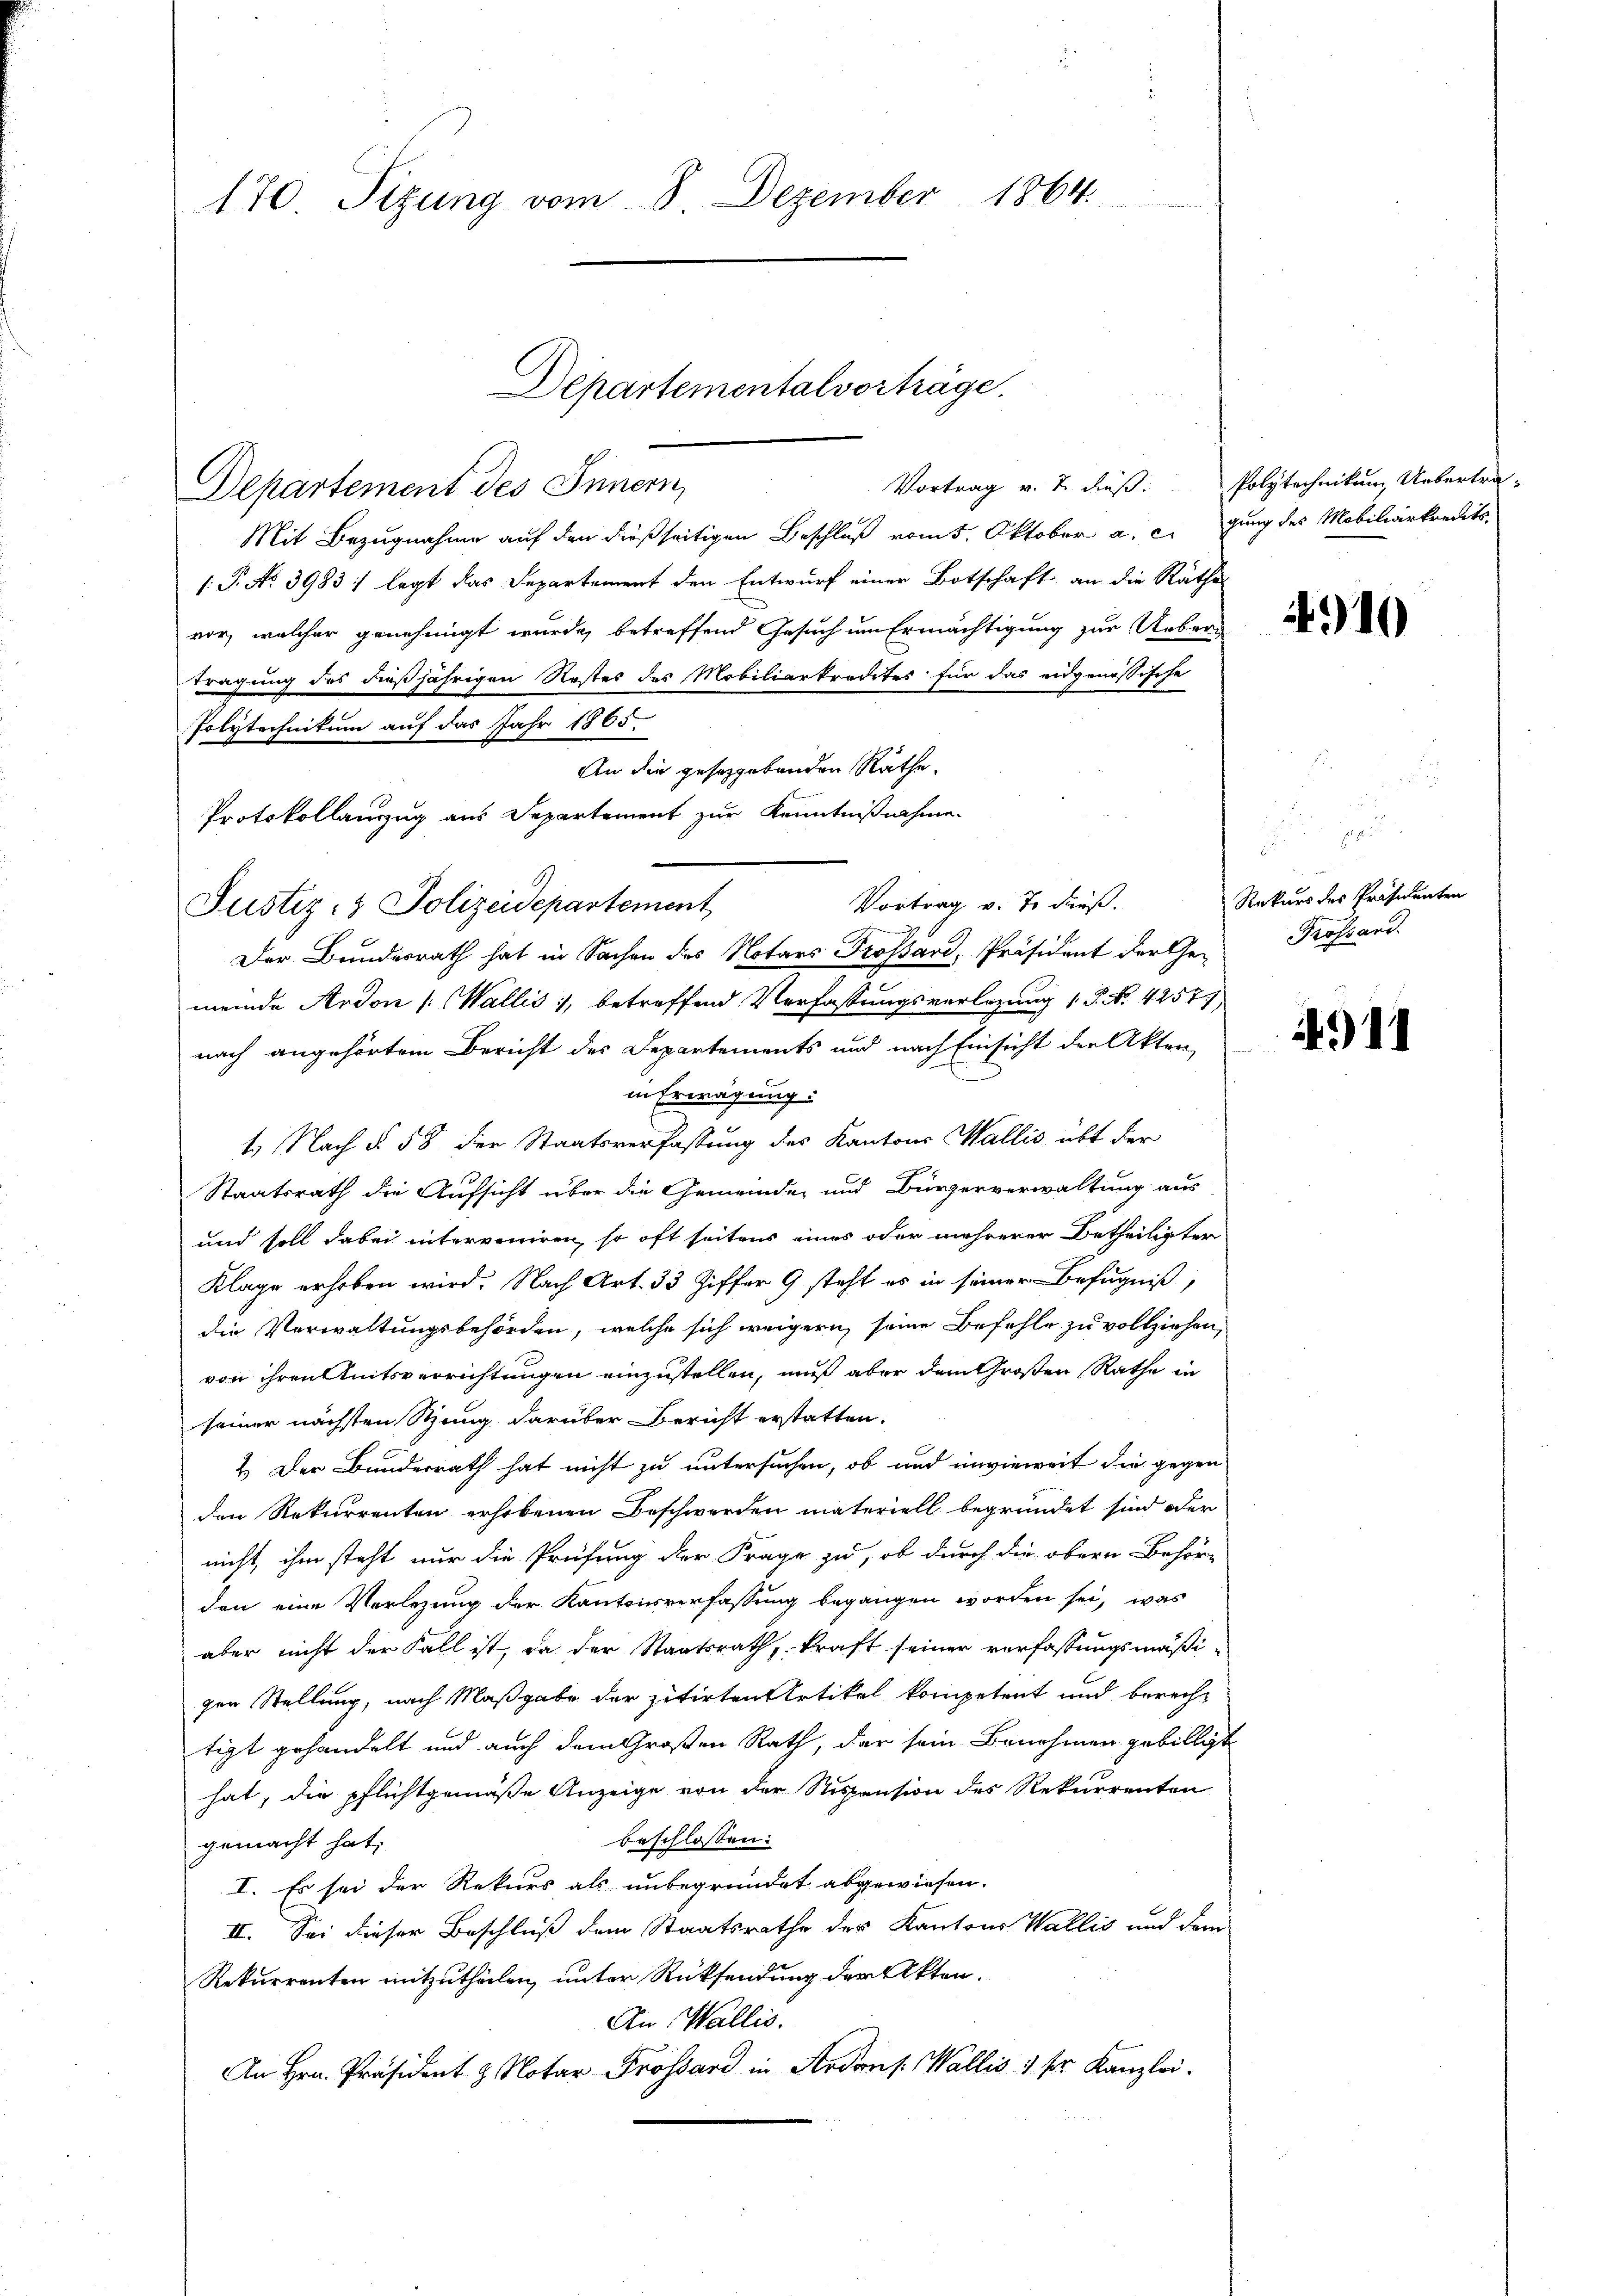
170 Sizung vom 8. Dezember 1864.

Departement des Innern,
Mit Bezugnahme auf den dießseitigen Beschluß vom 5. Oktober a. c. gung des Mobiliarkredits¬
1: P. No. 3983: legt das Departement den Entwurf einer Botschaft an die Räthe
vor, welcher genehmigt wurde, betreffend Gesuch um Ermächtigung zur Ueber-
wregung des dießjährigen Restes des Mobiliarkredites für das eidgenössische
Polytechnitum auf das Jahr 1865.
An die gesetzgebenden Räthe.
Protokollauszug aus Departement zur Kenntnißnahme
Justiz- & Polizeidepartement
Der Bundesrath hat in Sachen des Notars Frossard, Präsident der Ge-
meinde Ardon /: (Wallis 1, betreffend Verfassungsverlegung 1. P. Nr. 4257)
nach angehörtem Bericht des Departements und nach Einsicht der Akten,
in Erwägung:
1. Nach § 58 der Staatsverfassung des Kantons Wallis übt der
Staatsrath die Aufsicht über die Gemeinde und Bürgerverwaltung aus
und soll dabei interveniren, so oft seitens eines oder mehrerer Betheiligter
Klage erhoben wird. Nach Art. 33 Ziffer 9 steht es in seiner Befugniß,
die Verwaltungsbehörden, welche sich weigern seine Befehle zu vollziehen,
von ihren Amtsverrichtungen einzustellen, muß aber dem Großen Rathe in
seiner nächsten Stung darüber Bericht erstatten.
2. Der Bunderrath hat nicht zu untersuchen, ob und inwieweit die gegen
den Rekurrenten erhobenen Beschwerden materiell begründet sind oder
nicht, ihm steht nur die Prüfung der Frage zu, ob durch die obern Behörden eine Vorlegung der Kantonsverfassung begangen worden sei, was
aber nicht der Fall ist, da der Staatsrath, kraft seiner verfassungsmäßi-
gen Stellung, nach Maßgabe der zitirten Artikel kompetent und berecht
tigt gehandelt und auch dem Großen Rath, der sein Benehmen gebilligt
hat, die pflichtgemäße Anzeige von der Stispension des Rekurrenten
beschlossen:
gemacht hat,
I. Es sei der Rekurs als unbegründet abgewiesen.
II. Sei dieser Beschluß dem Staatsrathe der Kantons Wallis und dem
Rekurrenten mitzutheilen, unter Rücksendung der Akten.
An Wallis.
An Hrn. Präsident z. Notar Trossard in Ardons. Wallis 1 pr. Kanzlei-

Departementalvorträge.

Vortrag v. J. dieß.

Vortrag v. 2. dieß: Polytechnikum Uebertra¬

4910

.
Rekurs des Präsidenten
Grossard.

1914